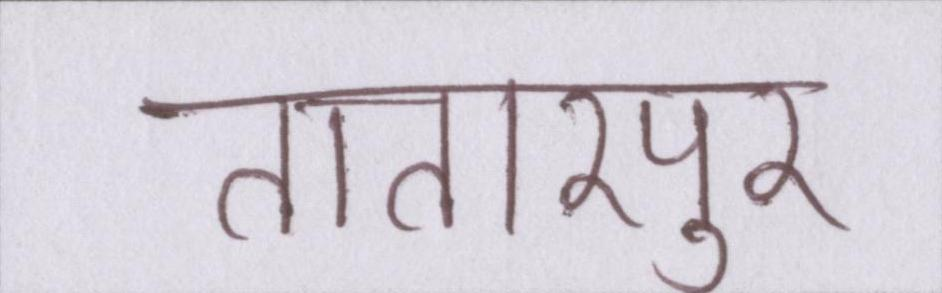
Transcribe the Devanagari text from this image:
तातारपुर